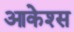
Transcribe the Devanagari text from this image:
आकेश्स